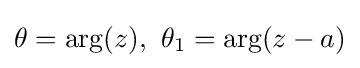
\theta =\arg(z),\ \theta _{1}=\arg(z-a)